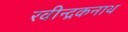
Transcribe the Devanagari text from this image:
रवीन्द्रकनाथ